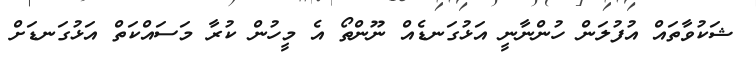
ޝަކުވާތައް އުފުލަން ހުންނާނީ އަޅުގަނޑެއް ނޫންތޯ އެ މީހުން ކުރާ މަސައްކަތް އަޅުގަނޑަށް